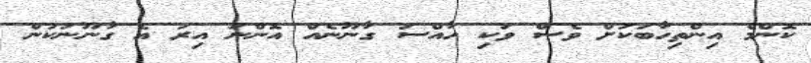
ކޮންމެ އިންތިހާބަކަށް ވެސް ވަކި ހާއްސަ ގާނޫނެއް އޮންނަ އިރު އެ ގާނޫނަކުން